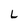
Character: L